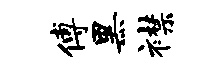
傅黑襟